Mental hospitals Bombay report 1929-33 - 1929-1933
Year: 1929
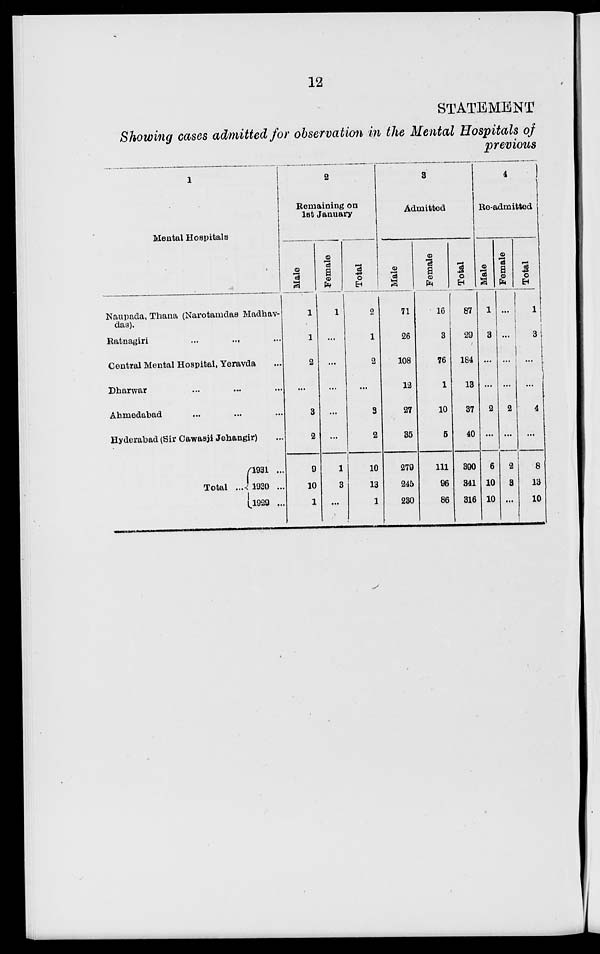
12
STATEMENT
Showing cases admitted for observation in the Mental Hospitals of
previous
1
Mental Hospitals
Naupada, Thana (Narotamdas Madhav-
das).
Ratnagiri
...
... ...
Central Mental Hospital, Yeravda ...
Dharwar
...
...
...
Ahmedabad ... ... ...
Hyderabad (Sir Cawasji Jehangir) ...
Total ...
1931 ...
1930 ...
1929 ...
2
Remaining on
1st January
Male
1
1
2
...
3
2
9
10
1
Female
1
...
...
...
...
...
1
3
...
Total
2
1
2
...
3
2
10
13
1
3
Admitted
Male
71
26
108
12
27
35
279
245
230
Female
16
3
76
1
10
5
111
96
86
Total
87
29
184
13
37
40
390
341
316
4
Re-admitted
Male
1
3
...
...
2
...
6
10
10
Female
...
...
...
...
2
...
2
3
...
Total
1
3
...
...
4
...
8
13
10